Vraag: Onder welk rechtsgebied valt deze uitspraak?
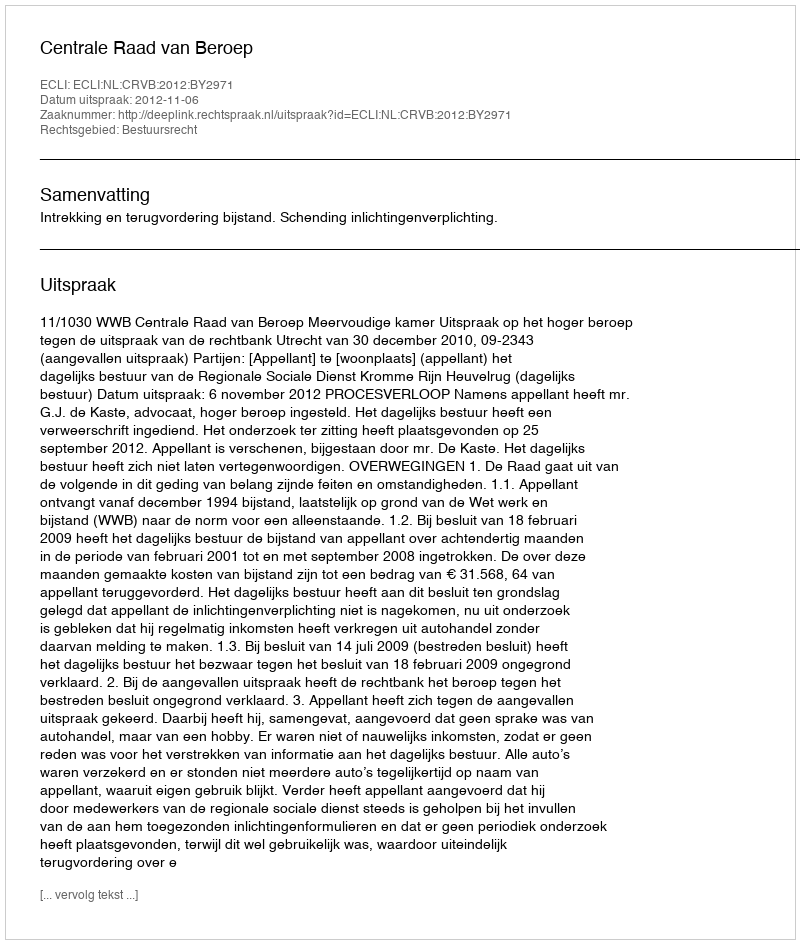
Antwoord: Bestuursrecht